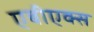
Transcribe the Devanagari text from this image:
एबीएक्स